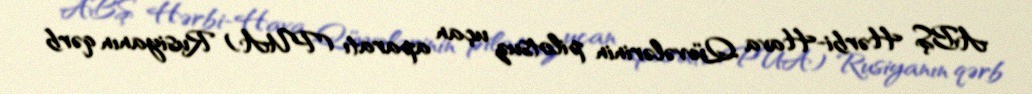
ABŞ Hərbi-Hava Qüvvələrinin pilotsuz uçan aparatı (PUA) Rusiyanın qərb